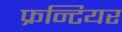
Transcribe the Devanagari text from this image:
फ्रन्टियर